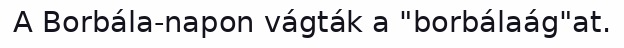
A Borbála-napon vágták a "borbálaág"at.